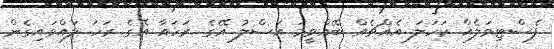
ފެސްޓިވަލެއް ކަހަލަ އެއްޗެއް ބޭއްވީމަ އަސްލު އޭގެ ރަހައާ އޭގެ ރަހަ ލައްވައިގެން